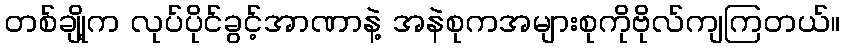
တစ်ချို့က လုပ်ပိုင်ခွင့်အာဏာနဲ့ အနဲစုကအများစုကိုဗိုလ်ကျကြတယ်။